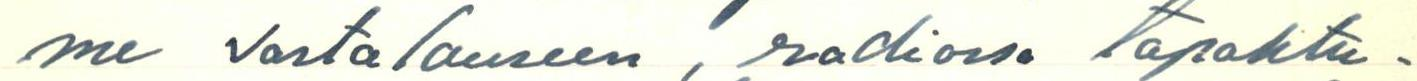
me vastalauseen, radiossa tapahtu-